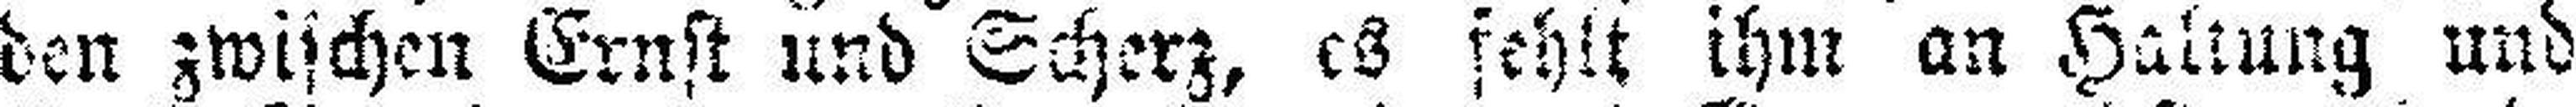
den zwischen Ernst und Scherz, es fehlt ihm an Haltung und